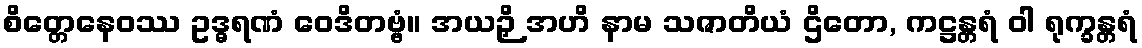
စိတ္တေနေဝဿ ဥဒ္ဓရဏံ ဝေဒိတဗ္ဗံ။ အယဉှိ အဟိ နာမ သဇာတိယံ ဌိတော, ကဋ္ဌန္တရံ ဝါ ရုက္ခန္တရံ